Report on the working of the Ranchi Indian Mental Hospital, Kanke, in Bihar and Orissa - 1930-1940
Year: 1930
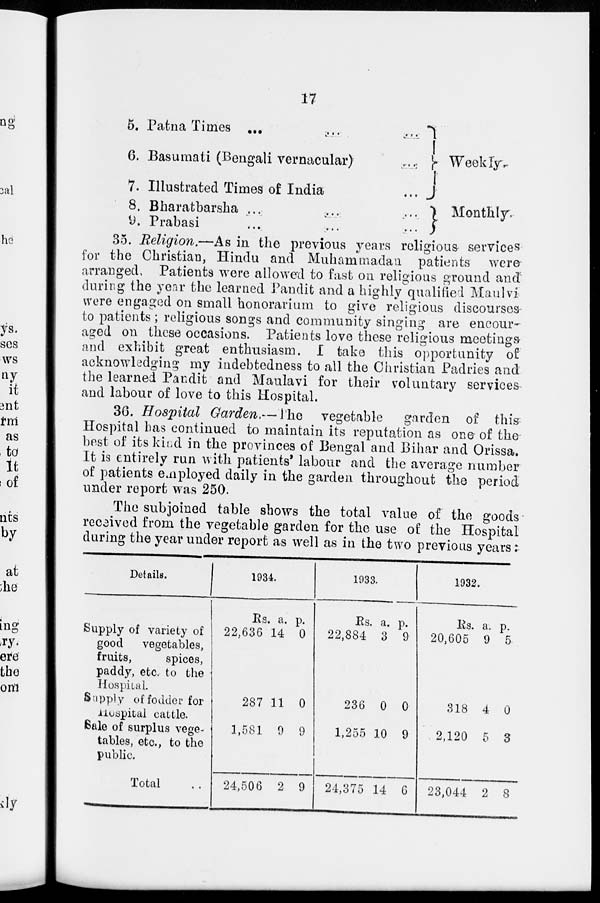
17
5. Patna Times ...
...
...
6. Basumati (Bengali vernacular)
...
7. Illustrated Times of India
...
8. Bharatbarsha ...
...
...
9. Prabasi
...
...
...
Weekly.
Monthly,
35. Religion.—As in the previous years religious services
for the Christian, Hindu and Muhammadan patients were
arranged, Patients were allowed to fast on religious ground and
during the year the learned Pandit and a highly qualified Maulvi
were engaged on small honorarium to give religious discourses
to patients ; religious songs and community singing are encour-
aged on these occasions. Patients love these religious meetings-
and exhibit great enthusiasm. I take this opportunity of
acknowledging my indebtedness to all the Christian Padries and
the learned Pandit and Maulavi for their voluntary services
and labour of love to this Hospital.
36. Hospital Garden,—The
vegetable
garden of this
Hospital has continued to maintain its reputation as one of the
best of its kind in the provinces of Bengal and Bihar and Orissa.
It is entirely run with patients' labour and the average number
of patients employed daily in the garden throughout the period
under report was 250.
The subjoined table shows the total value of the goods
received from the vegetable garden for the use of the Hospital
during the year under report as well as in the two previous years:
Details.
Supply of variety of
good vegetables,
fruits,
spices,
paddy, etc, to the
Hospital.
Supply of fodder for
Hospital cattle.
Bale of surplus vege-
tables, etc., to the
public.
Total ..
1934.
Rs.
22,636
287
1,581
24,506
a.
14
11
9
2
p.
0
0
9
9
1933.
Rs.
22,884
236
1,255
24,375
a.
3
0
10
14
p.
9
0
9
6
1932.
Rs.
20,605
318
2,120
23,044
a.
9
4
5
2
p.
5
0
3
8